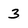
Character: 3